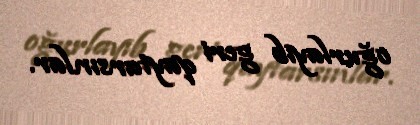
oğurlayıb geri qaytarsınlar.